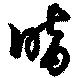
暗